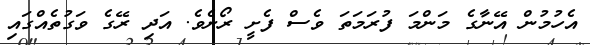
އެހުމުން އޭނާގެ މަންމަ ފުރަމަތަ ވެސް ފެށީ ރޯށެވެ. އަދި ރޭގެ ވަގުތެއްގައި